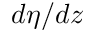
d \eta / d z